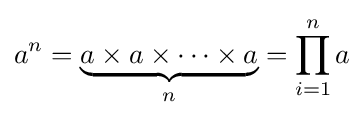
a^{n}=\underbrace {a\times a\times \cdots \times a} _{n}=\prod _{i=1}^{n}a